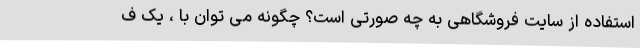
استفاده از سایت فروشگاهی به چه صورتی است؟ چگونه می توان با ، یک ف